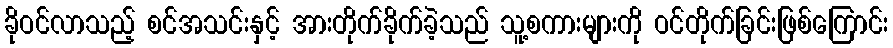
ခိုဝင်လာသည့် စင်အသင်းနှင့် အားတိုက်ခိုက်ခဲ့သည် သူ့စကားများကို ဝင်တိုက်ခြင်းဖြစ်ကြောင်း